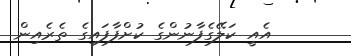
އެއީ ކަލޭޭގެފާނުންގެ ކުށްފާފައިގެ ތެރެއިން